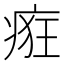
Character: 㾠